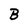
Character: B